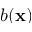
b ( \mathbf x )